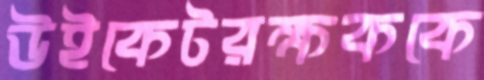
উইকেটরক্ষককে